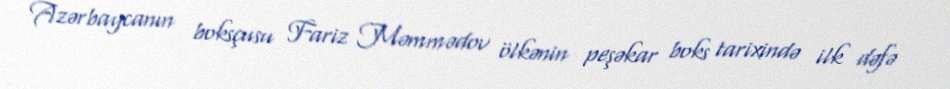
Azərbaycanın boksçusu Fariz Məmmədov ölkənin peşəkar boks tarixində ilk dəfə